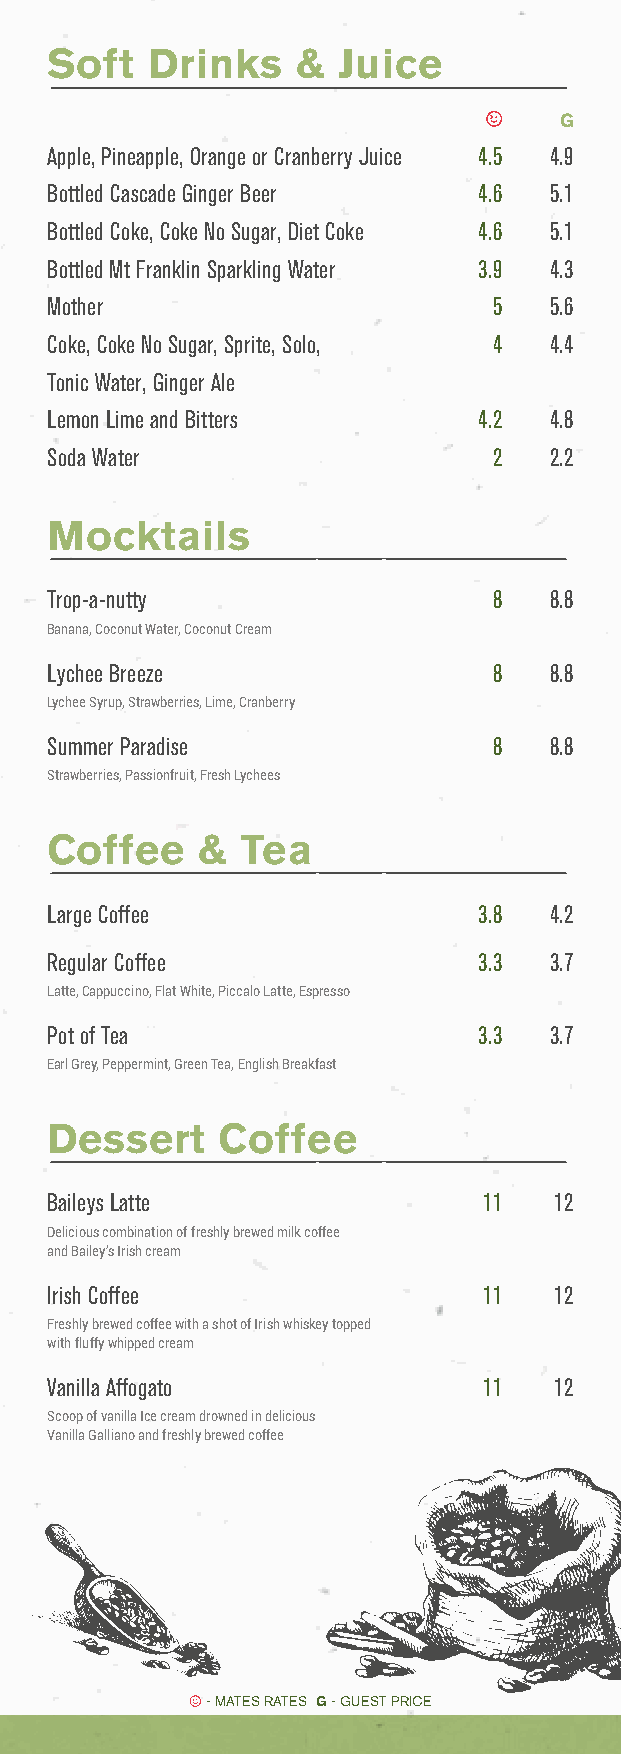
Soft   Drinks   &  Juice
 G
 Apple, Pineapple, Orange or Cranberry Juice 4.5 4.9
 Bottled Cascade Ginger Beer  4.6 5.1
 Bottled Coke, Coke No Sugar, Diet Coke 4.6 5.1
 Bottled Mt Franklin Sparkling Water 3.9 4.3
 Mother                        5  5.6
 Coke, Coke No Sugar, Sprite, Solo, 4 4.4
 Tonic Water, Ginger Ale
 Lemon Lime and Bitters       4.2 4.8
 Soda Water                    2  2.2
 Mocktails
 Trop-a-nutty                  8  8.8
 Banana, Coconut Water, Coconut Cream
 Lychee Breeze                 8  8.8
 Lychee Syrup, Strawberries, Lime, Cranberry
 Summer Paradise               8  8.8
 Strawberries, Passionfruit, Fresh Lychees
 Coffee    &  Tea
 Large Coffee                 3.8 4.2
 Regular Coffee               3.3 3.7
 Latte, Cappuccino, Flat White, Piccalo Latte, Espresso
 Pot of Tea                   3.3 3.7
 Earl Grey, Peppermint, Green Tea, English Breakfast
 Dessert    Coffee
 Baileys Latte                11   12
 Delicious combination of freshly brewed milk coffee
 and Bailey’s Irish cream
 Irish Coffee                 11   12
 Freshly brewed coffee with a shot of Irish whiskey topped
 with fluffy whipped cream
 Vanilla Affogato             11   12
 Scoop of vanilla Ice cream drowned in delicious
 Vanilla Galliano and freshly brewed coffee
 - MATES RATES G - GUEST PRICE